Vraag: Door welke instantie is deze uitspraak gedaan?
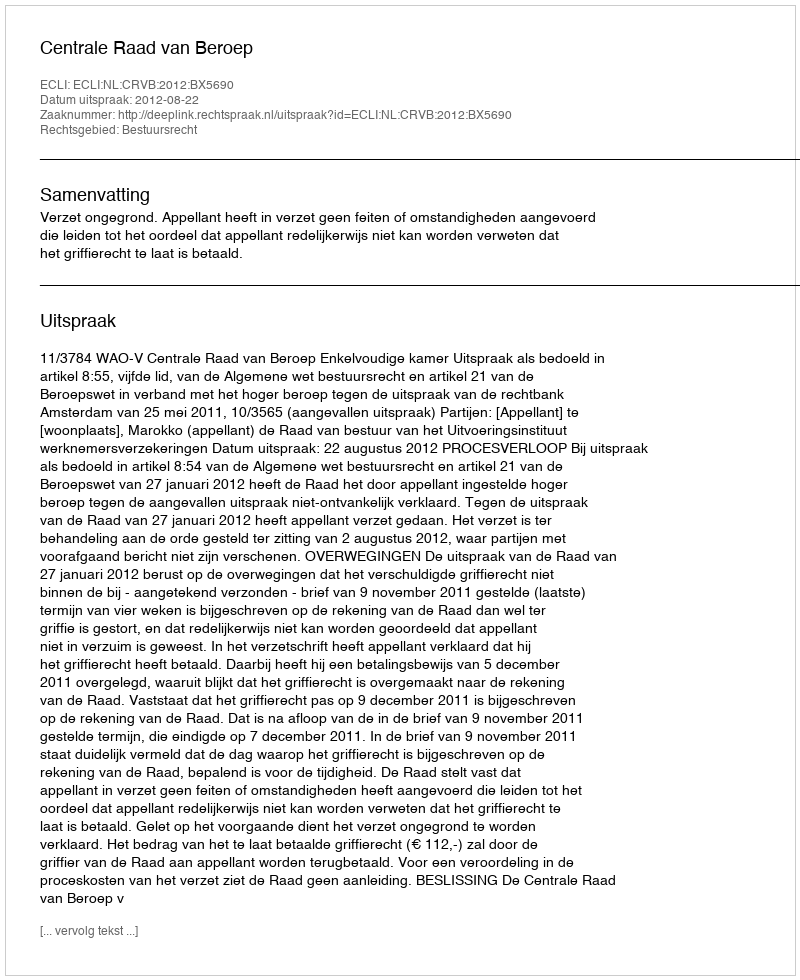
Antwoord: Centrale Raad van Beroep